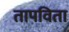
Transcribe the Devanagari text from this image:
तापविता